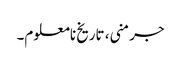
جرمنی، تاریخ نامعلوم۔